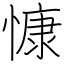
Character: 慷